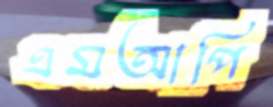
এমআপি